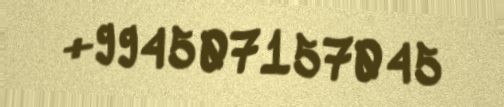
+994507157045